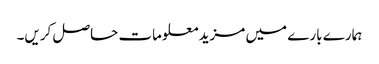
ہمارے بارے میں مزید معلومات حاصل کریں۔